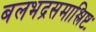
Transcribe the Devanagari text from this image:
बलभद्रसमाश्लिष्टः